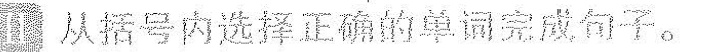
\Pi从括号内选择正确的单调完成句子.